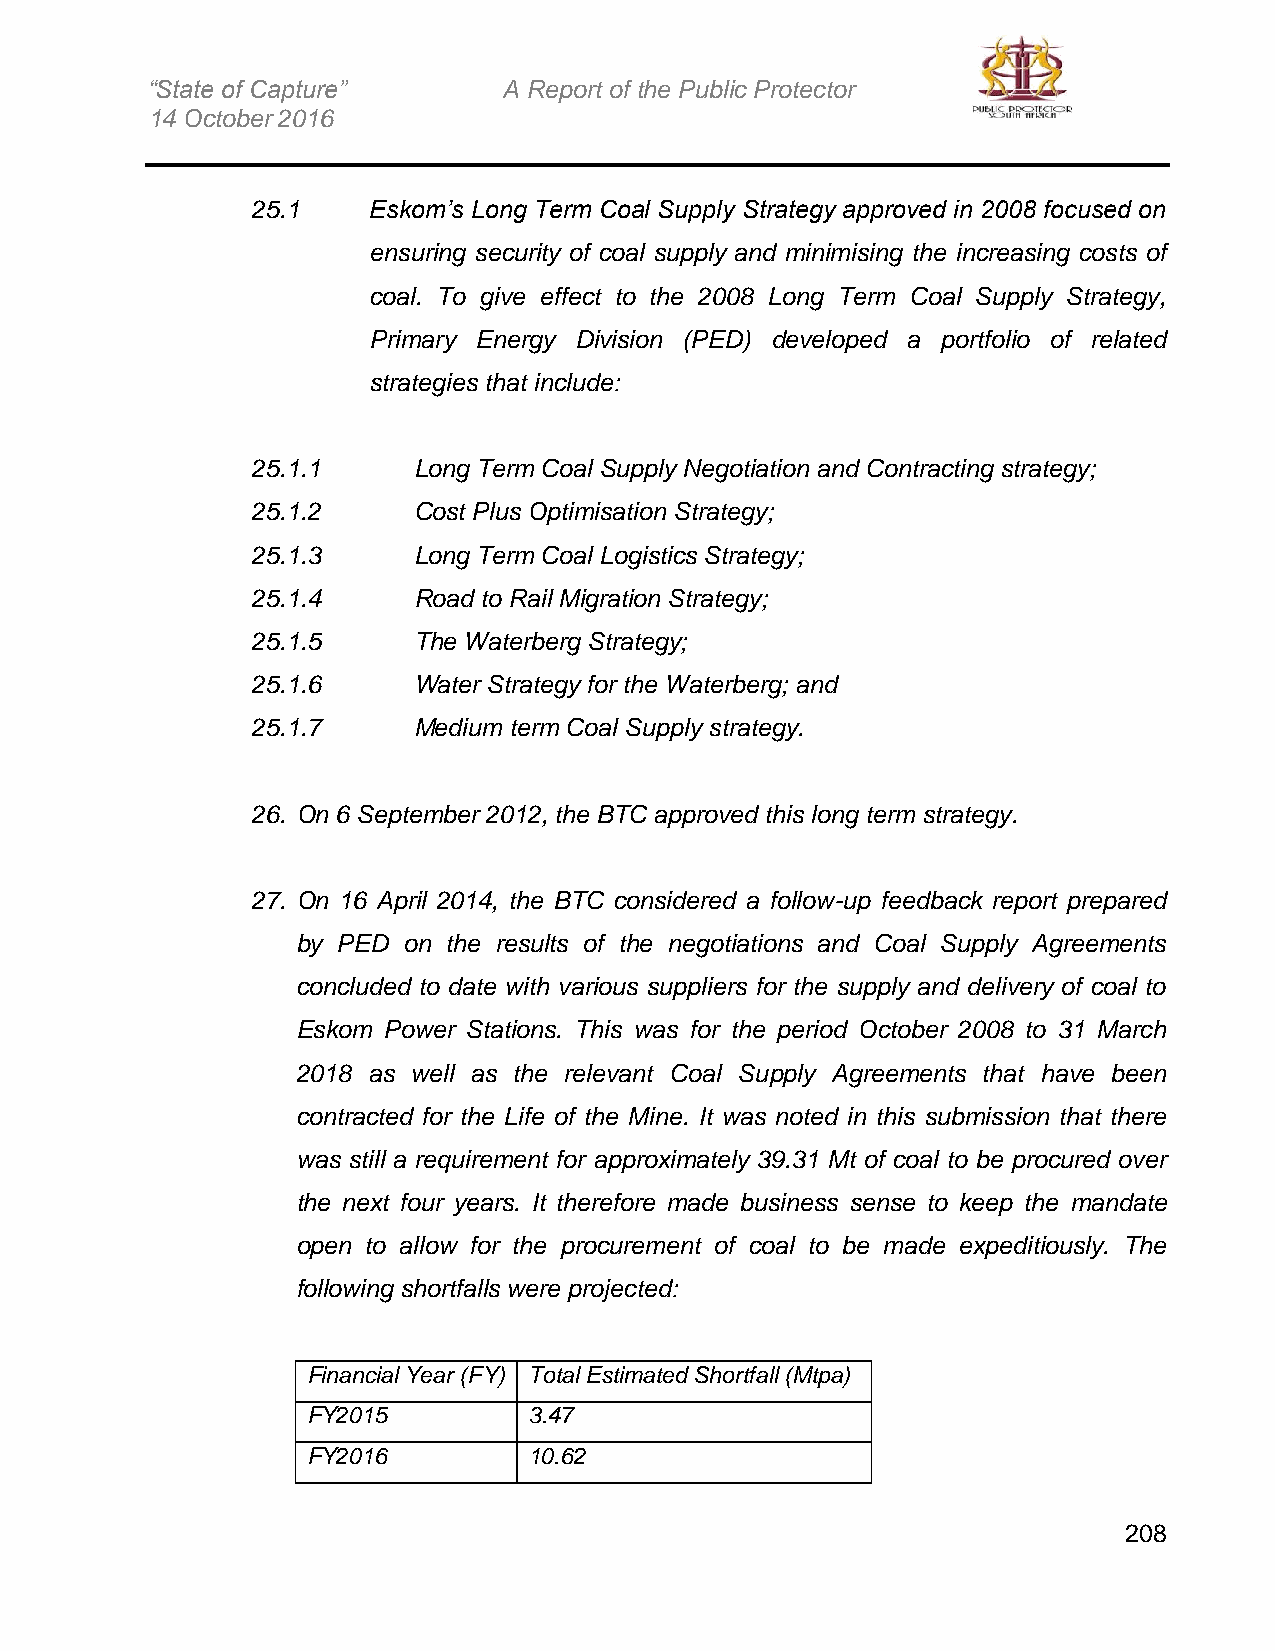
“State of Capture”     A Report of the Public Protector
 14 October 2016
 25.1   Eskom’s Long Term Coal Supply Strategy approved in 2008 focused on
 ensuring security of coal supply and minimising the increasing costs of
 coal. To give effect to the 2008 Long Term Coal Supply Strategy,
 Primary Energy Division (PED) developed a portfolio of related
 strategies that include:
 25.1.1    Long Term Coal Supply Negotiation and Contracting strategy;
 25.1.2    Cost Plus Optimisation Strategy;
 25.1.3    Long Term Coal Logistics Strategy;
 25.1.4    Road to Rail Migration Strategy;
 25.1.5    The Waterberg Strategy;
 25.1.6    Water Strategy for the Waterberg; and
 25.1.7    Medium term Coal Supply strategy.
 26. On 6 September 2012, the BTC approved this long term strategy.
 27. On 16 April 2014, the BTC considered a follow-up feedback report prepared
 by PED on the results of the negotiations and Coal Supply Agreements
 concluded to date with various suppliers for the supply and delivery of coal to
 Eskom Power Stations. This was for the period October 2008 to 31 March
 2018 as well as the relevant Coal Supply Agreements that have been
 contracted for the Life of the Mine. It was noted in this submission that there
 was still a requirement for approximately 39.31 Mt of coal to be procured over
 the next four years. It therefore made business sense to keep the mandate
 open to allow for the procurement of coal to be made expeditiously. The
 following shortfalls were projected:
 Financial Year (FY) Total Estimated Shortfall (Mtpa)
 FY2015         3.47
 FY2016         10.62
 208